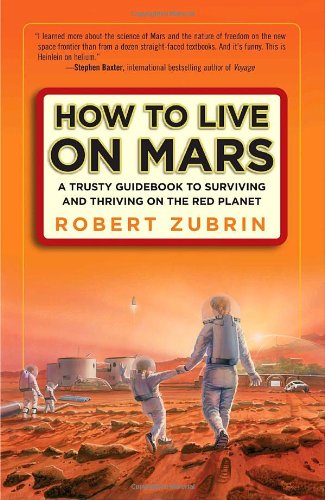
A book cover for How to Live on Mars: A Trusty Guidebook to Surviving and Thriving on the Red Planet; Robert Zubrin; Humor & Entertainment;